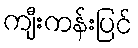
ကျီးကန်းပြင်